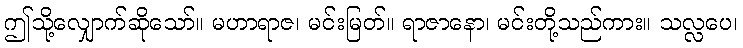
ဤသို့လျှောက်ဆိုသော်။ မဟာရာဇ၊ မင်းမြတ်။ ရာဇာနော၊ မင်းတို့သည်ကား။ သလ္လပေ၊